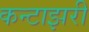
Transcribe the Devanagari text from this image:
कन्टाझरी